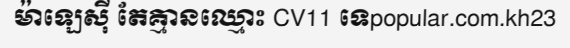
ម៉ាឡេស៊ី តែគ្មានឈ្មោះ CV11 ទេpopular.com.kh23